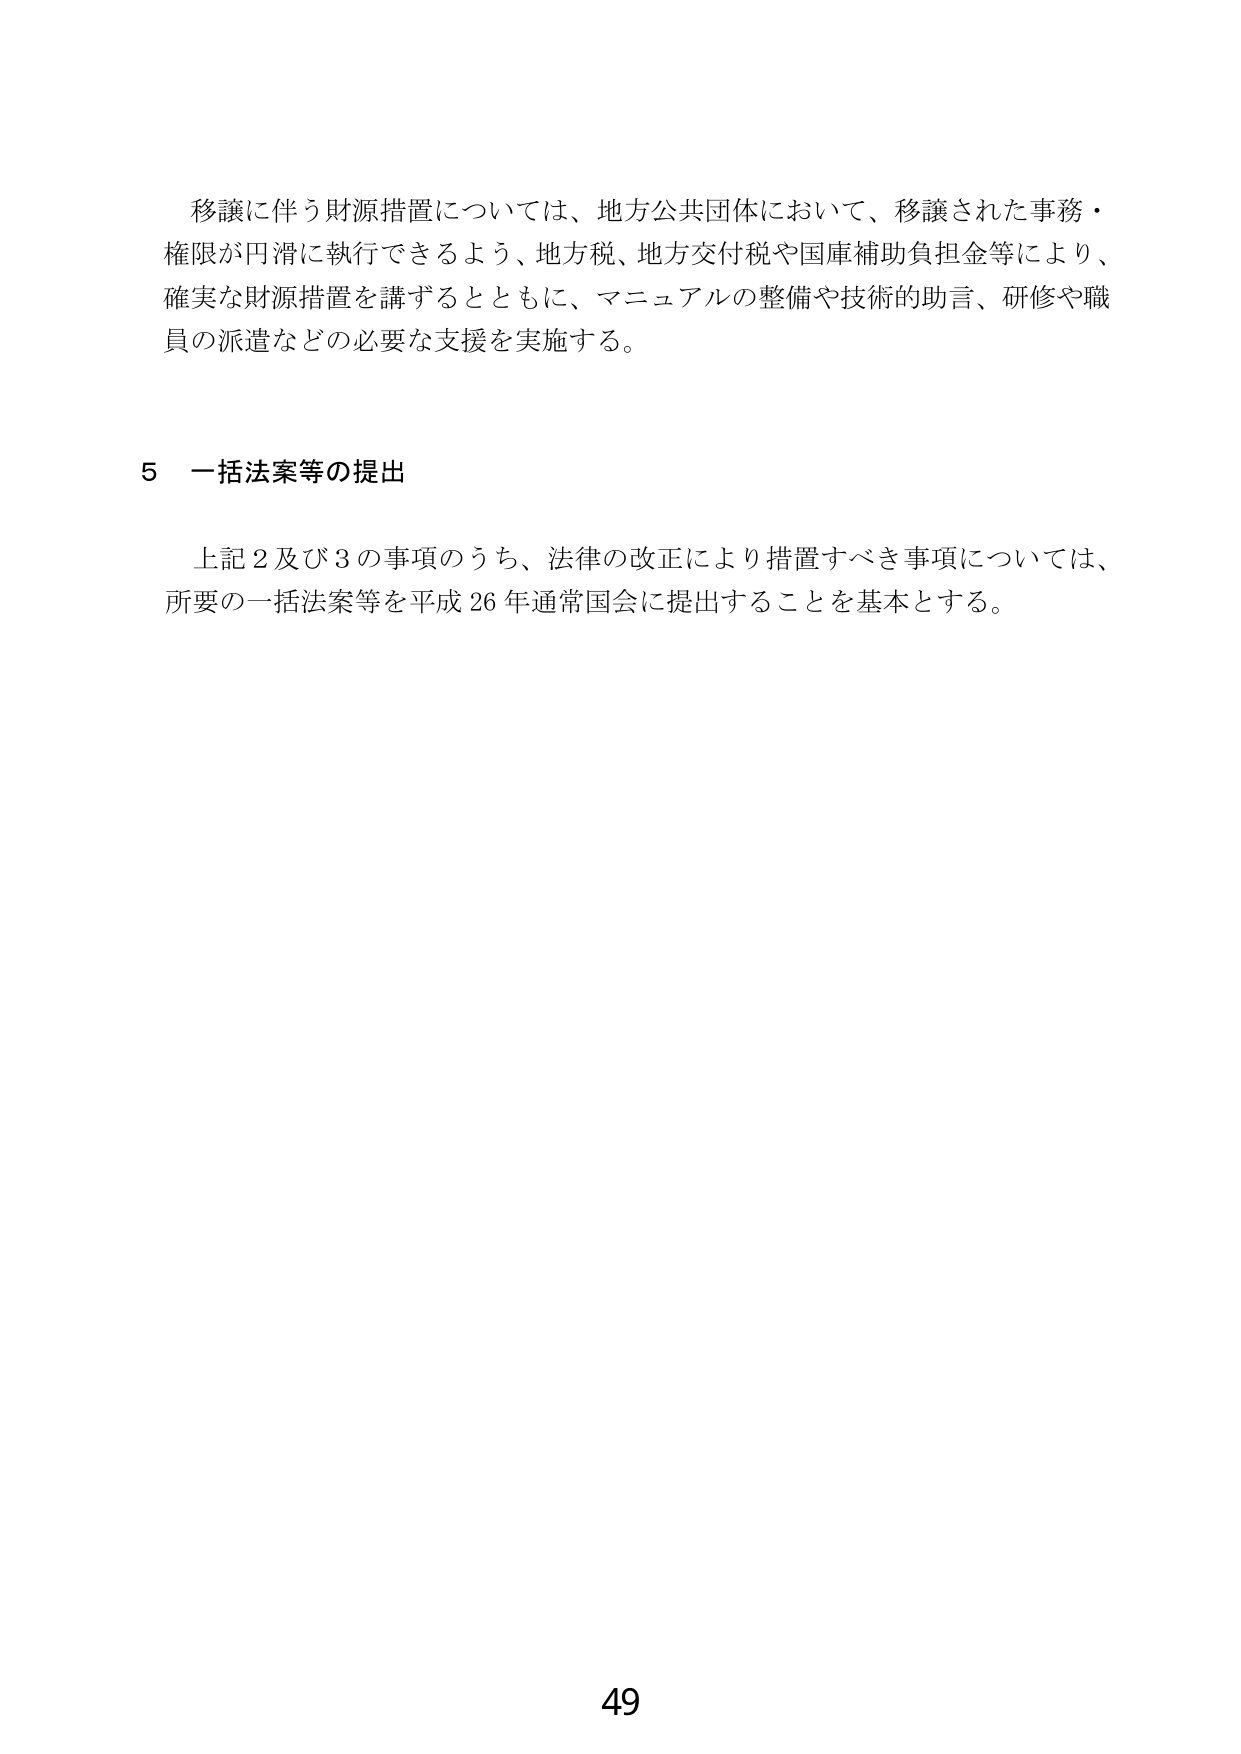
移譲に伴う財源措置については、地方公共団体において、移譲された事務・
権限が円滑に執行できるよう、地方税、地方交付税や国庫補助負担金等により、
確実な財源措置を講ずるとともに、マニュアルの整備や技術的助言、研修や職
員の派遣などの必要な支援を実施する。

5 一括法案等の提出

上記2及び3の事項のうち、法律の改正により措置すべき事項については、
所要の一括法案等を平成26年通常国会に提出することを基本とする。

49